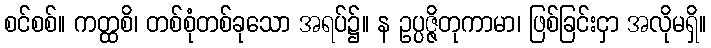
စင်စစ်။ ကတ္ထစိ၊ တစ်စုံတစ်ခုသော အရပ်၌။ န ဥပ္ပဇ္ဇိတုကာမာ၊ ဖြစ်ခြင်းငှာ အလိုမရှိ။